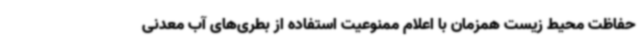
حفاظت محیط زیست همزمان با اعلام ممنوعیت استفاده از بطری‌های آب معدنی